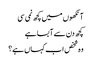
آنکھوں میں کچھ نمی سی
کچھ دن سے آبسا ہے
وہ شخص اب کہاں ہے؟